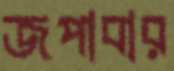
জপাবার